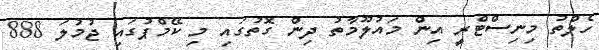
ހެލްތު މިނިސްޓްރީ އިން މައުލޫމާތު ދިން ގޮތުގައި މި ކޭމްޕުގައި ޖުމުލަ 888